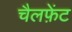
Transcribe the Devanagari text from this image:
चैलफ़ेंट